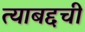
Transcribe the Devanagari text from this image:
त्याबद्दची